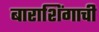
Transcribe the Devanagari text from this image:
बाराशिंगाची